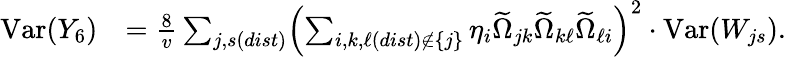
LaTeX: \begin{array}{rl}{\mathrm{Var}(Y_{6})}&{=\frac{8}{v}\sum_{j,s(dist)}\Bigl(\sum_{i,k,\ell(dist)\notin\{ j\} }\eta_{i}\widetilde{\Omega}_{jk}\widetilde{\Omega}_{k\ell}\widetilde{\Omega}_{\ell i}\Bigr)^{2}\cdot\mathrm{Var}(W_{js}).}\end{array}